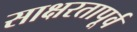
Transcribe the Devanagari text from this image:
साक्षरतापूर्व